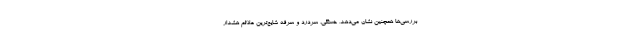
بررسی‌ها همچنین نشان می‌دهد، خستگی، سردرد و سرفه شایع‌ترین علائم هشدار